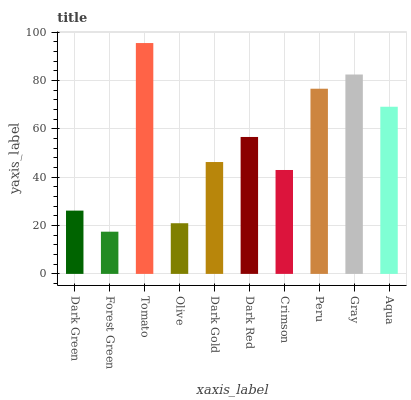
| xaxis_label | bars |
 | --- | --- |
 | Dark Green | 26.2 |
 | Forest Green | 17.5 |
 | Tomato | 95.5 |
 | Olive | 21 |
 | Dark Gold | 46.3 |
 | Dark Red | 56.6 |
 | Crimson | 43 |
 | Peru | 76.6 |
 | Gray | 82.5 |
 | Aqua | 69.1 |